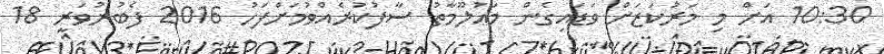
10:30 އަށް މި މަރުކަޒަށް ވަޑައިގެން މަޢުލޫމާތު ސާފުކުރެއްވުމަށްފަހު 2016 ފެބުރުވަރީ 18